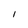
Character: I